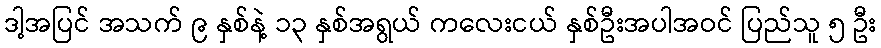
ဒါ့အပြင် အသက် ၉ နှစ်နဲ့ ၁၃ နှစ်အရွယ် ကလေးငယ် နှစ်ဦးအပါအဝင် ပြည်သူ ၅ ဦး